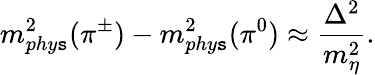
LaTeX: m_{phy\mathtt{s}}^{2}(\pi^{\pm})-m_{phy\mathtt{s}}^{2}(\pi^{0})\approx\frac{{\Delta^{2}}}{{m_{\eta}^{2}}}.